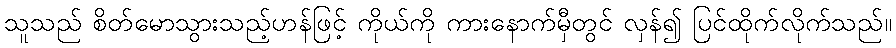
သူသည် စိတ်မောသွားသည့်ဟန်ဖြင့် ကိုယ်ကို ကားနောက်မှီတွင် လှန်၍ ပြင်ထိုက်လိုက်သည်။